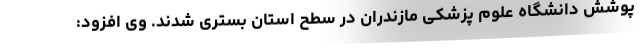
پوشش دانشگاه علوم پزشکی مازندران در سطح استان بستری شدند. وی افزود: